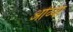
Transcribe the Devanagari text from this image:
ओंव्या